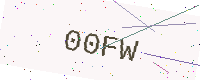
Text: 00FW